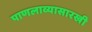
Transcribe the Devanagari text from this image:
पाणलाव्यासारखी